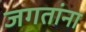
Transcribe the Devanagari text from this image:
जगतांना